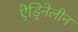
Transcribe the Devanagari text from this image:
ऐड्रिनेलीन